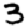
Digit: 3